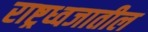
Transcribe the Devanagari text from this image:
राष्ट्रध्वजातील